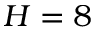
H = 8